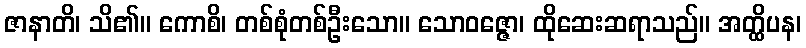
ဇာနာတိ၊ သိ၏။ ကောစိ၊ တစ်စုံတစ်ဦးသော။ သောဝဇ္ဇော၊ ထိုဆေးဆရာသည်။ အတ္ထိပန၊